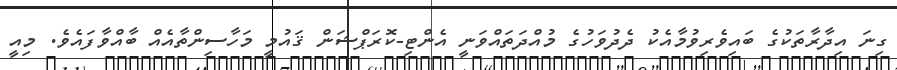
ގިނަ އިދާރާތަކުގެ ބައިވެރިވުމާއެކު ދެދުވަހުގެ މުއްދަތައްވަނީ އެންޓި-ކޮރަޕްޝަން ޤައުމީ މަހާސިންތާއެއް ބާއްވާފައެވެ. މިއީ